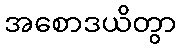
အစောဒယိတွာ